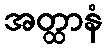
အတ္ထာနံ